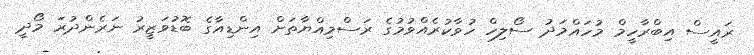
ރައީސް އިބްރާހީމް މުހައްމަދު ސޯލިހް ހުވާކުރެއްވުމުގެ ރަސްމިއްޔާތަށް އިންޑިއާގެ ބޮޑުވަޒީރު ނަރެންދުރަ މޯދީ